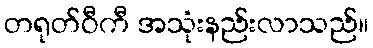
တရုတ်ဝီကီ အသုံးနည်းလာသည်။